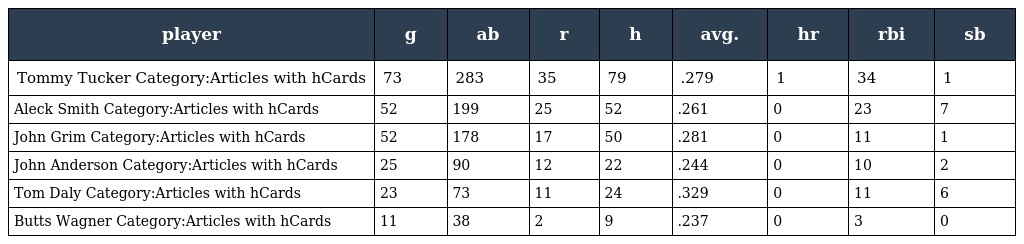
| player | g | ab | r | h | avg. | hr | rbi | sb |
 | --- | --- | --- | --- | --- | --- | --- | --- | --- |
 | Tommy Tucker Category:Articles with hCards | 73 | 283 | 35 | 79 | .279 | 1 | 34 | 1 |
 | Aleck Smith Category:Articles with hCards | 52 | 199 | 25 | 52 | .261 | 0 | 23 | 7 |
 | John Grim Category:Articles with hCards | 52 | 178 | 17 | 50 | .281 | 0 | 11 | 1 |
 | John Anderson Category:Articles with hCards | 25 | 90 | 12 | 22 | .244 | 0 | 10 | 2 |
 | Tom Daly Category:Articles with hCards | 23 | 73 | 11 | 24 | .329 | 0 | 11 | 6 |
 | Butts Wagner Category:Articles with hCards | 11 | 38 | 2 | 9 | .237 | 0 | 3 | 0 |